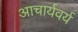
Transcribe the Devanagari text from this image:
आचार्यवर्य